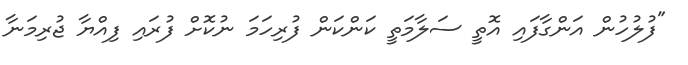
"ފުލުހުން އަންގާފައި އޮތީ ސަލާމަތީ ކަންކަން ފުރިހަމަ ނުކޮށް ފުރައި ފިއްޔާ ޖުރިމަނާ